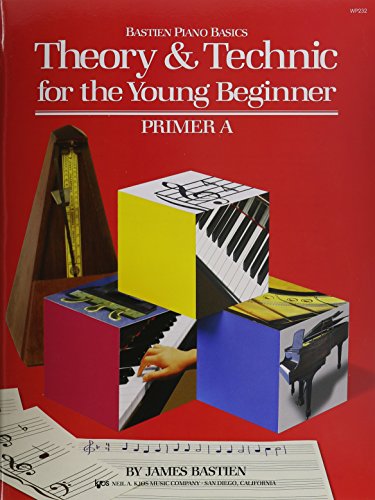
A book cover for WP232 - Bastien Theory And Technic For The Young Beginner Primer A; James Bastien; Arts & Photography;